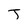
Character: T